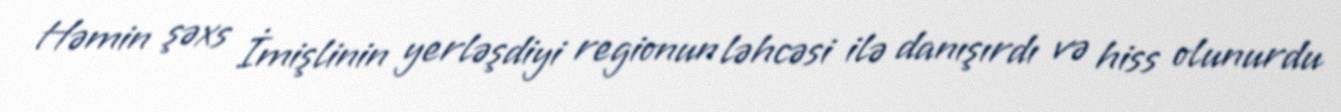
Həmin şəxs İmişlinin yerləşdiyi regionun ləhcəsi ilə danışırdı və hiss olunurdu